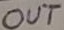
Text: OUT